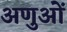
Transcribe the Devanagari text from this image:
अणुआें